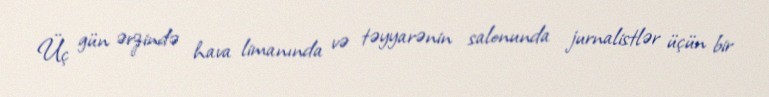
Üç gün ərzində hava limanında və təyyarənin salonunda jurnalistlər üçün bir